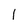
Character: l